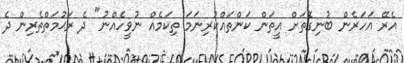
އެރޭ އަހަރެން ބުނިގޮތަށް އީތަން ކަންތައްކުރިނަމަ ތިކަމެއް ނުވީހެއްނު" ދެ ރަޙުމަތްތެރިން ދެ